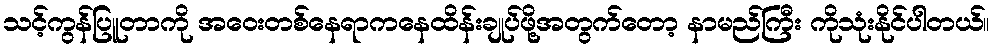
သင့်ကွန်ပြူတာကို အဝေးတစ်နေရာကနေထိန်းချုပ်ဖို့အတွက်တော့ နာမည်ကြီး ကိုသုံးနိုင်ပါတယ်။